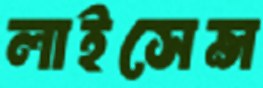
লাইসেন্স